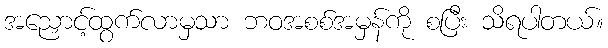
အညှောင့်ထွက်လာမှသာ ဘဝအစစ်အမှန်ကို စပြီး သိရပါတယ်။